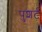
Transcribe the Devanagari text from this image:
पुशर्ट